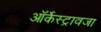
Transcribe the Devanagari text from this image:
ऑर्केस्ट्रावजा